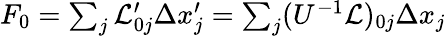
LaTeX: \begin{array}{r}{F_{0}=\sum_{j}\mathcal{L}_{0j}^{\prime}\Delta x_{j}^{\prime}=\sum_{j}(U^{-1}\mathcal{L})_{0j}\Delta x_{j}}\end{array}